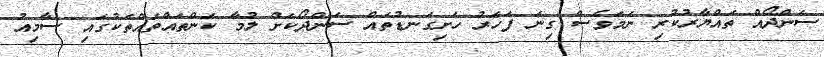
ސަންދޯއް ތައްޔާރުކުރި ނަމަވެސް ގިނަ ފަހަރު ހަށިގަނޑުތައް ސަންދޯކަށް ލުމާ ކަންތައްތައްތަކުގައި ސާމިއު